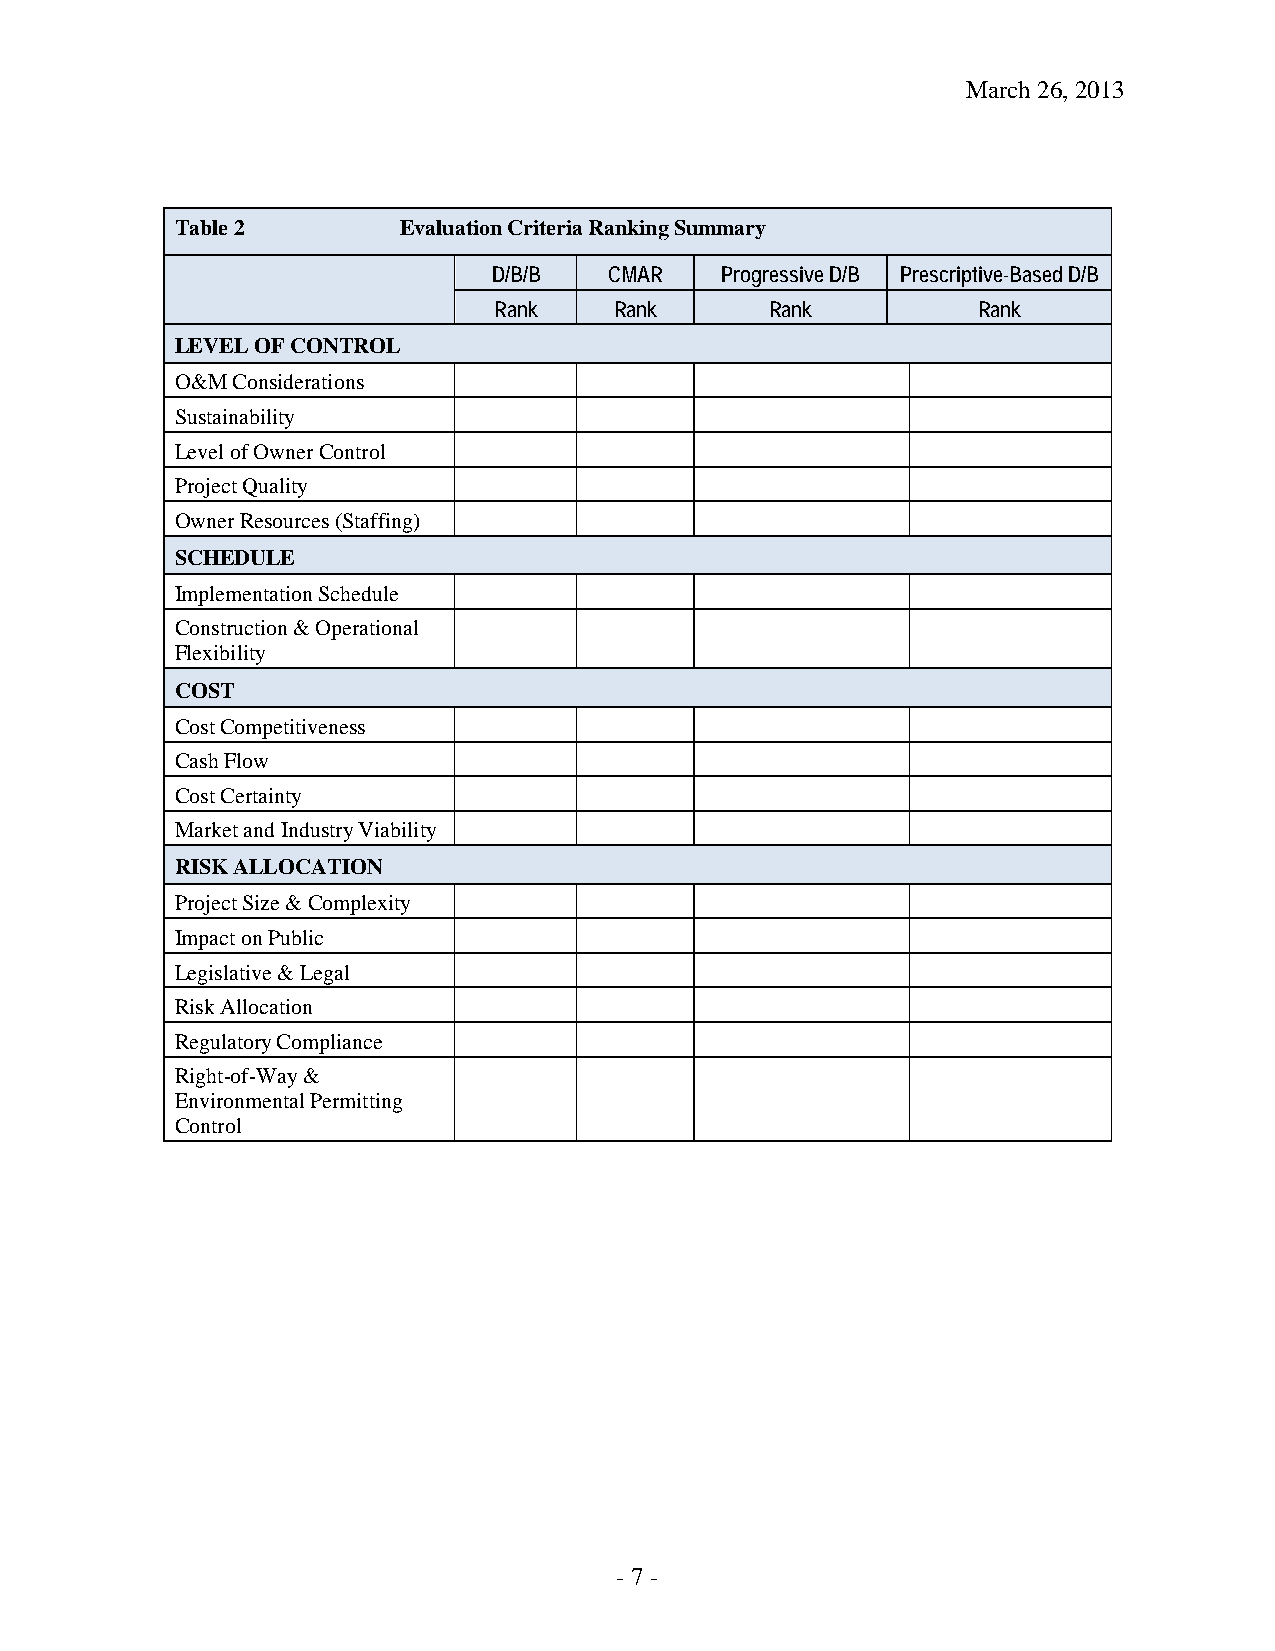
March 26, 2013
 Table 2       Evaluation Criteria Ranking Summary
 D/B/B  CMAR    Progressive D/B Prescriptive-Based D/B
 Rank    Rank      Rank          Rank
 LEVEL OF CONTROL
 O&M Considerations
 Sustainability
 Level of Owner Control
 Project Quality
 Owner Resources (Staffing)
 SCHEDULE
 Implementation Schedule
 Construction & Operational
 Flexibility
 COST
 Cost Competitiveness
 Cash Flow
 Cost Certainty
 Market and Industry Viability
 RISK ALLOCATION
 Project Size & Complexity
 Impact on Public
 Legislative & Legal
 Risk Allocation
 Regulatory Compliance
 Right-of-Way &
 Environmental Permitting
 Control
 - 7 -